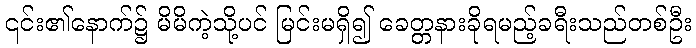
၎င်း၏နောက်၌ မိမိကဲ့သို့ပင် မြင်းမရှိ၍ ခေတ္တနားခိုရမည့်ခရီးသည်တစ်ဦး